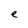
Character: e